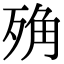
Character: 𣨍